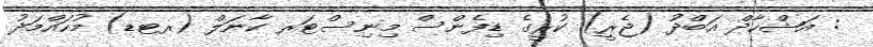
: އަޝްހާދް އަބްދު (ޖެރީ) ކުރީގެ ޑިފެންސް މިނިސްޓަރ ކާނަލް (ރޓޑ) މުހައްމަދު